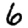
Digit: 6